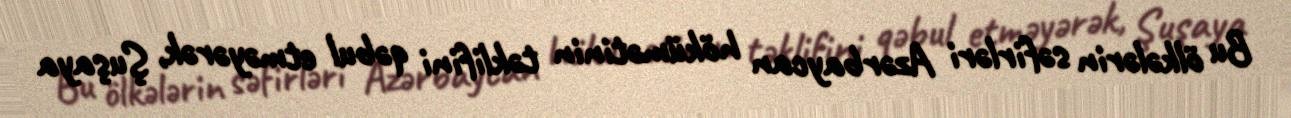
Bu ölkələrin səfirləri Azərbaycan hökümətinin təklifini qəbul etməyərək, Şuşaya